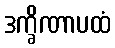
ဒက္ခိဏာပထံ